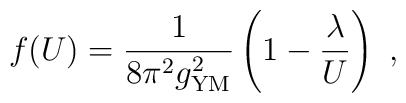
f(U)={1\over 8\pi^2 g^2_{\rm YM}}\left(1-{ \lambda \over U}\right)\ ,